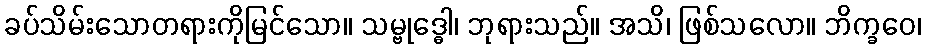
ခပ်သိမ်းသောတရားကိုမြင်သော။ သမ္ဗုဒ္ဓေါ၊ ဘုရားသည်။ အသိ၊ ဖြစ်သလော။ ဘိက္ခဝေ၊